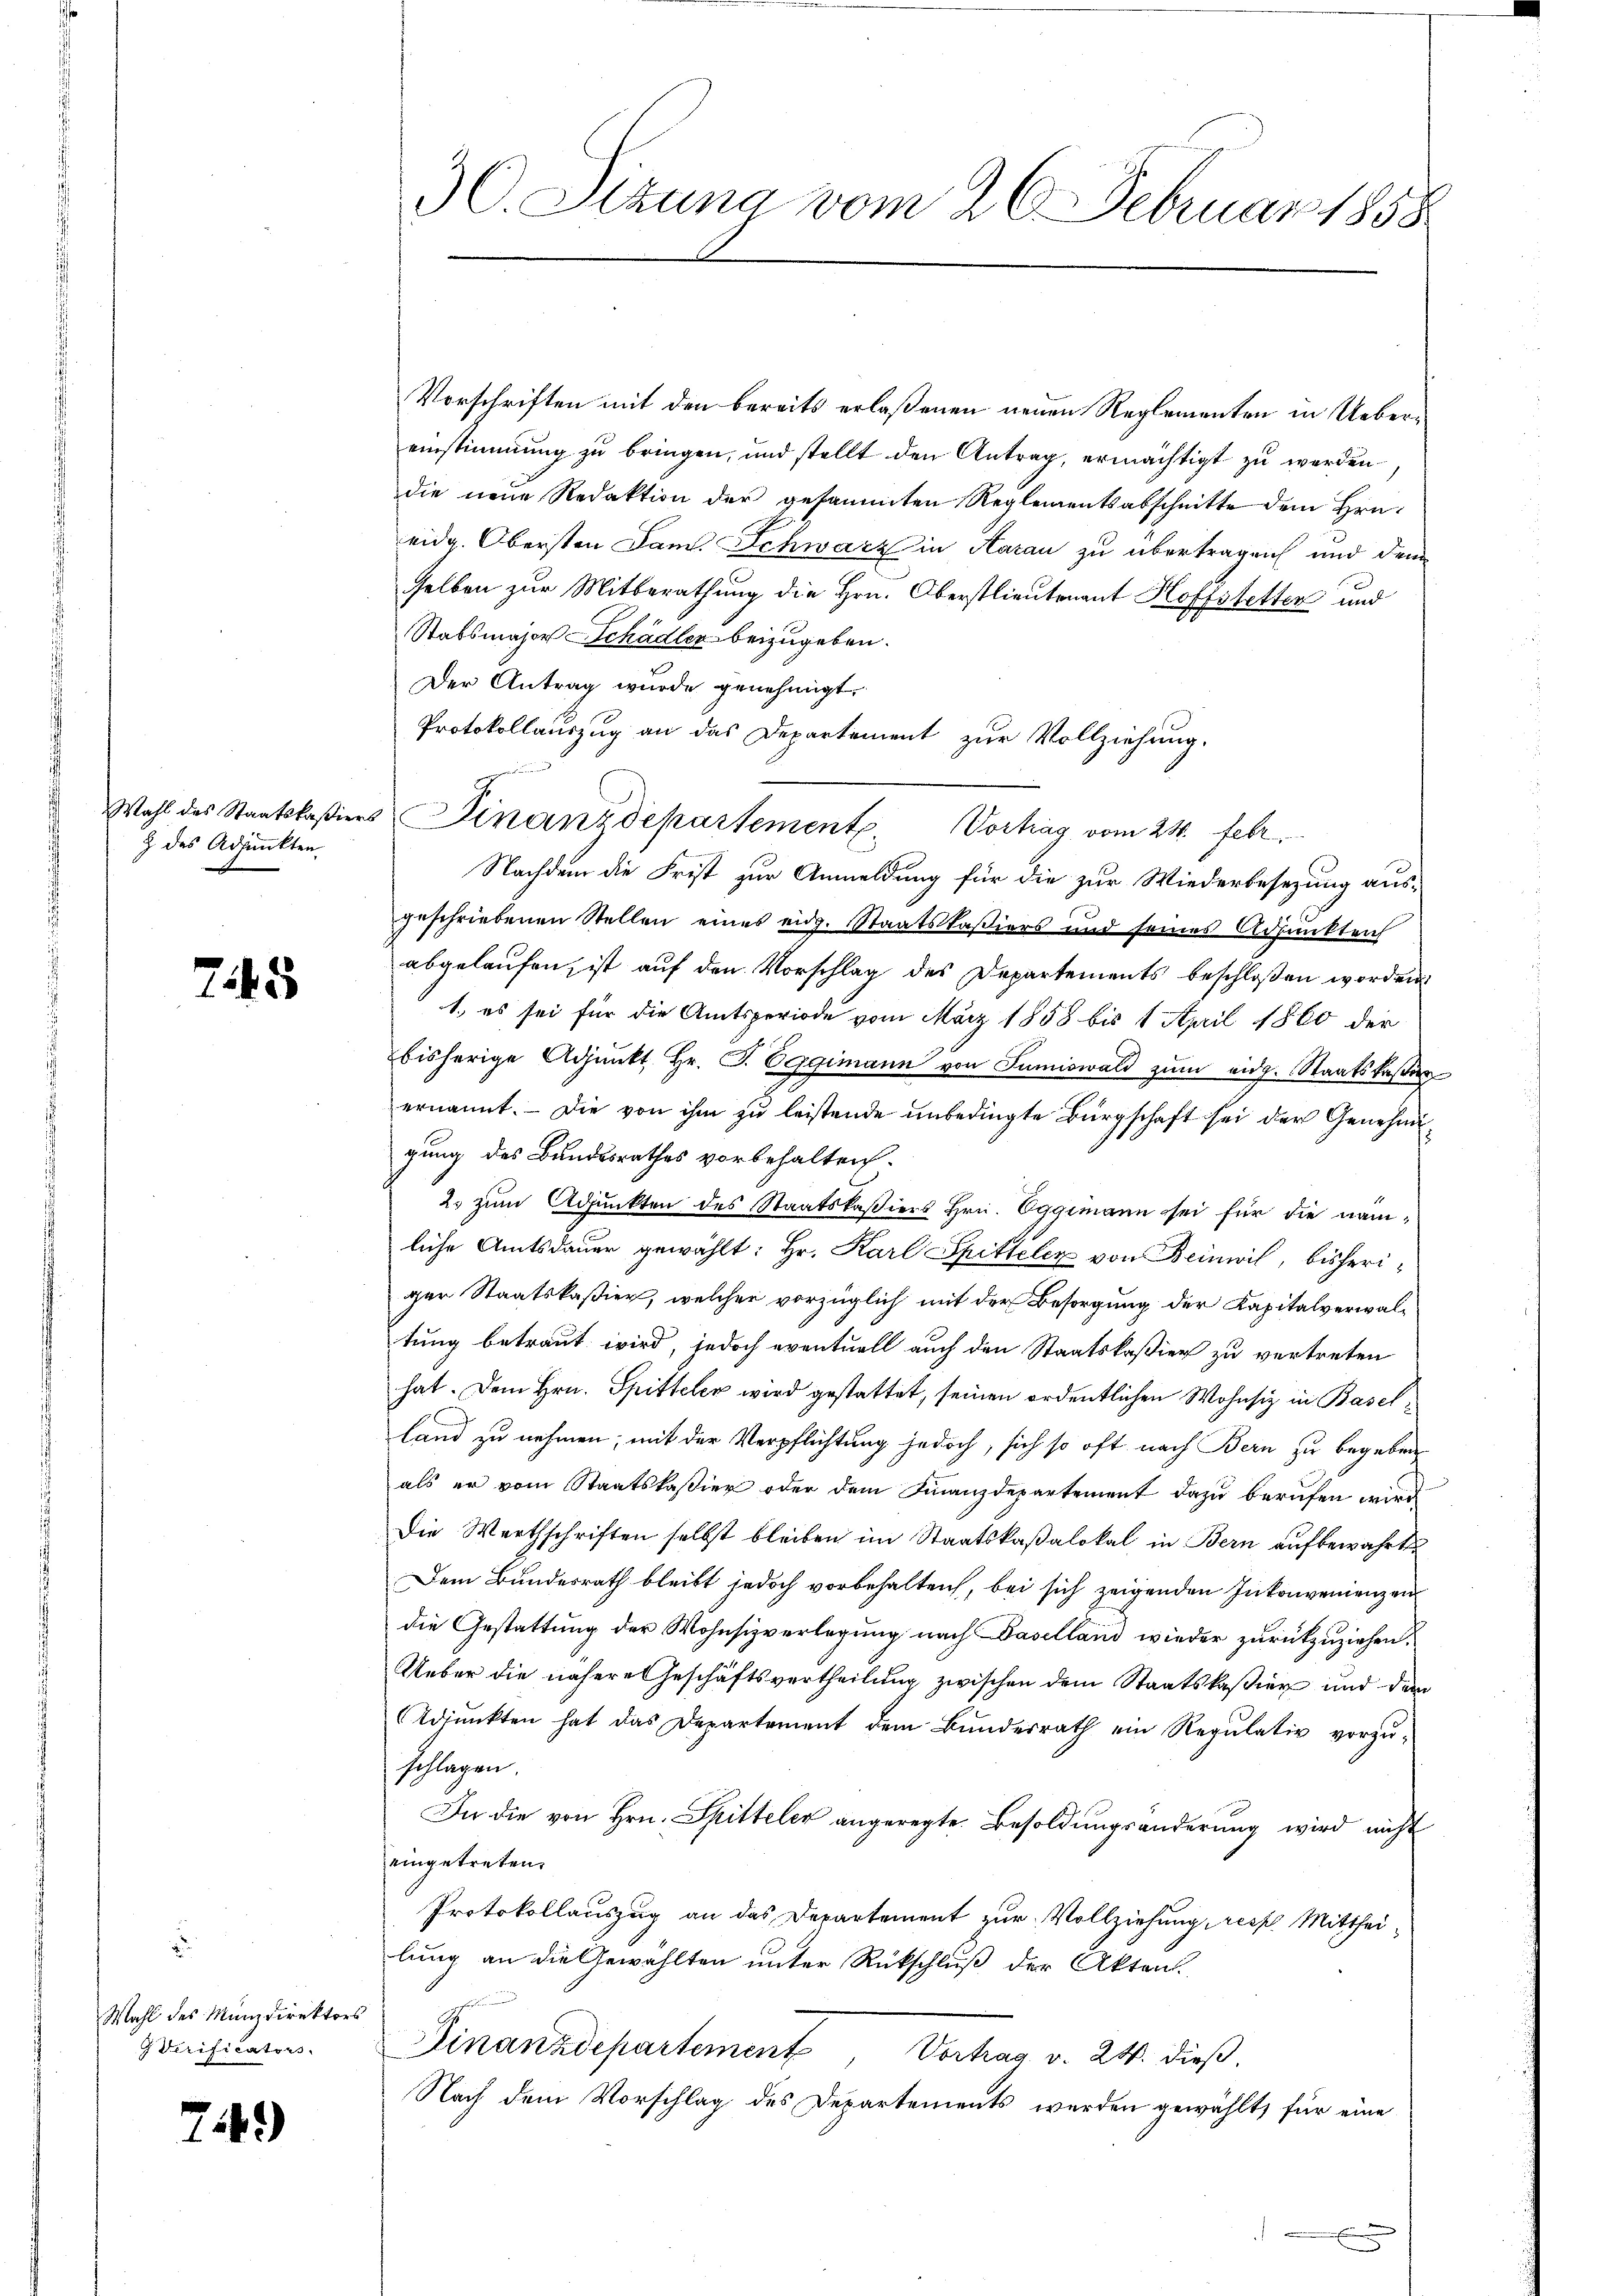
Wahl des Staatskaßiers
Z des Adjunkten

745

Wahl des Münzdirektors
Verificators.

74.)

30. Sitzung vom 26. Februar 1858

Finanzdepartement. Vortrag vom 21. Febr.

Vorschriften mit den bereits erlaßenen neuen Reglementen in Uebereinstimmung zu bringen, und stellt den Antrag, ermächtigt zu werden.
die neue Redaktion der gesammten Reglementsabschnitte dem Hrn.
eidg. Obersten Jam. Schwarz in Aarau zu übertragen und dem
selben zur Mitberathung die Hrn. Oberstlieutenant Hoffstetten und
Stabsmajors Schädler beizugeben.
Der Antrag wurde genehmigt.
Protokollauszug an das Departement zur Vollziehung.
Nachdem die Frist zur Anmeldung für die zur Wiederbesezung aus-
geschriebenen Stellen eines eidg. Staatskaßiers und seines Adjunkteich
abgelaufen, ist auf den Vorschlag des Departements beschloßen worden
1., es sei für die Amtsperiode vom März 1858 bis 1 April 1860 der
bisherige Adjunkt Hr. J. Eggimann von Juniswald zum eidg. Staatskastier
ernannt. — Die von ihm zu leistende unbedingte Bürgschaft sei der Genehmigung des Bundesrathes vorbehalten.
2. zum Adjunkten des Staatskaßiers Hrn. Eggimann sei für die nämliche Amtsdauer gewählt: Hr. Karl Spitteler von Beinwil, bisheriger Staatskaßier, welcher vorzüglich mit der Besorgung der Kapitalverwaltung betraut wird, jedoch eventuell auch den Staatskaßier zu vertreten
hat. Dem Hrn. Spitteler wird gestattet, seinen ordentlichen Wohnsiz in Baselland zu nehmen; mit der Verpflichtung jedoch, sich so oft nach Bern zu begeben
als er vom Staatskaßier oder dem Finanzdepartement dazu berufen wird.
Die Werthschriften selbst bleiben im Staatskaßalokal in Bern aufbewahrt
Dem Bundesrath bleibt jedoch vorbehalten, bei sich zeigenden Inkonverenzen
die Gestattung der Wohnsizverlegung nach Baselland wieder zurückzuziehen.
Ueber die nähere Geschäftsvertheilung zwischen dem Staatskaßier und dem
Adjunkten hat das Departement dem Bunderrath ein Regŭlativ vorzŭ-
schlagen
In die von Hrn. Spitteler angeregte Besoldungsänderung wird nicht
eingetreten.
Protokollauszug an das Departement zur Vollziehung resp. Mittheilung an die Gewählten unter Rückschluß der Akten.
Finanzdepartement, Verhag v. 24. dieß.
Nach dem Vorschlag des Departements werden gewählt, für eine

.